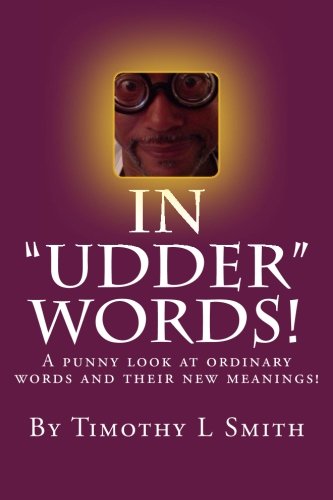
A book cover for In "Udder" Words!: A punny look at ordinary words and their new meanings!; Mr Timothy L Smith Sr; Humor & Entertainment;